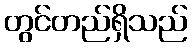
တွင်တည်ရှိသည်